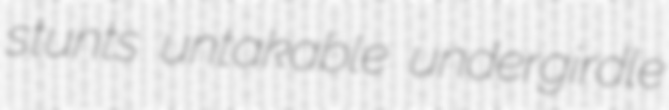
stunts untakable undergirdle